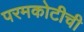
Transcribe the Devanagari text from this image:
परमकोटीची